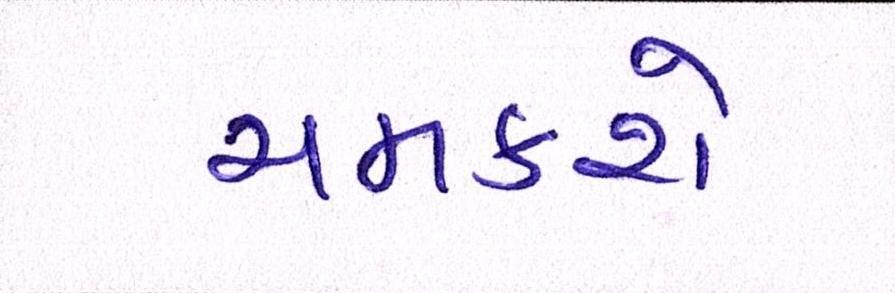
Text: ચમકશે